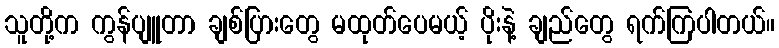
သူတို့က ကွန်ပျူတာ ချစ်ပြားတွေ မထုတ်ပေမယ့် ပိုးနဲ့ ချည်တွေ ရက်ကြပါတယ်။